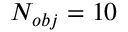
N _ { o b j } = 1 0